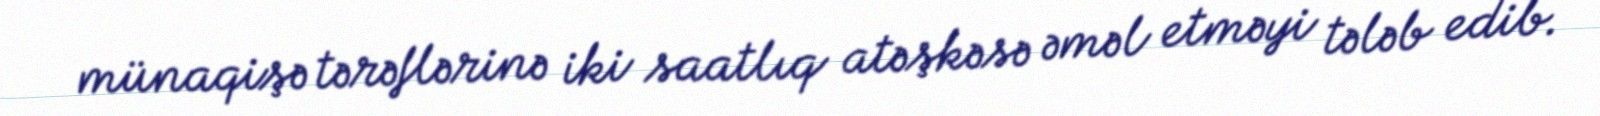
münaqişə tərəflərinə iki saatlıq atəşkəsə əməl etməyi tələb edib.